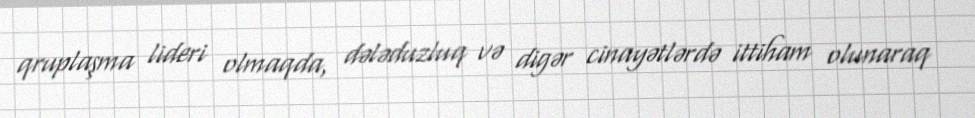
qruplaşma lideri olmaqda, dələduzluq və digər cinayətlərdə ittiham olunaraq